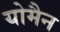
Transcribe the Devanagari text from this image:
योमैन